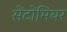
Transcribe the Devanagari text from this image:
सेंटोंमियर